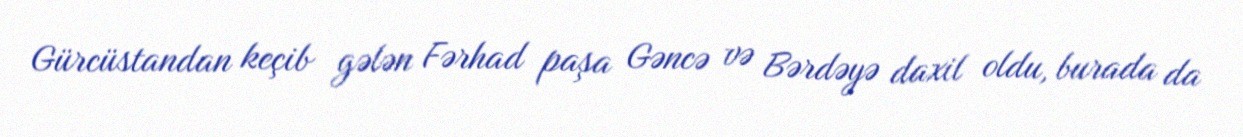
Gürcüstandan keçib gələn Fərhad paşa Gəncə və Bərdəyə daxil oldu, burada da